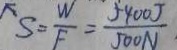
S _ { = } \frac { W } { F } = \frac { 5 4 0 0 J } { 5 0 0 N }